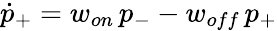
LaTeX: \dot{p}_{+}=w_{on}\, p_{-}-w_{off}\, p_{+}